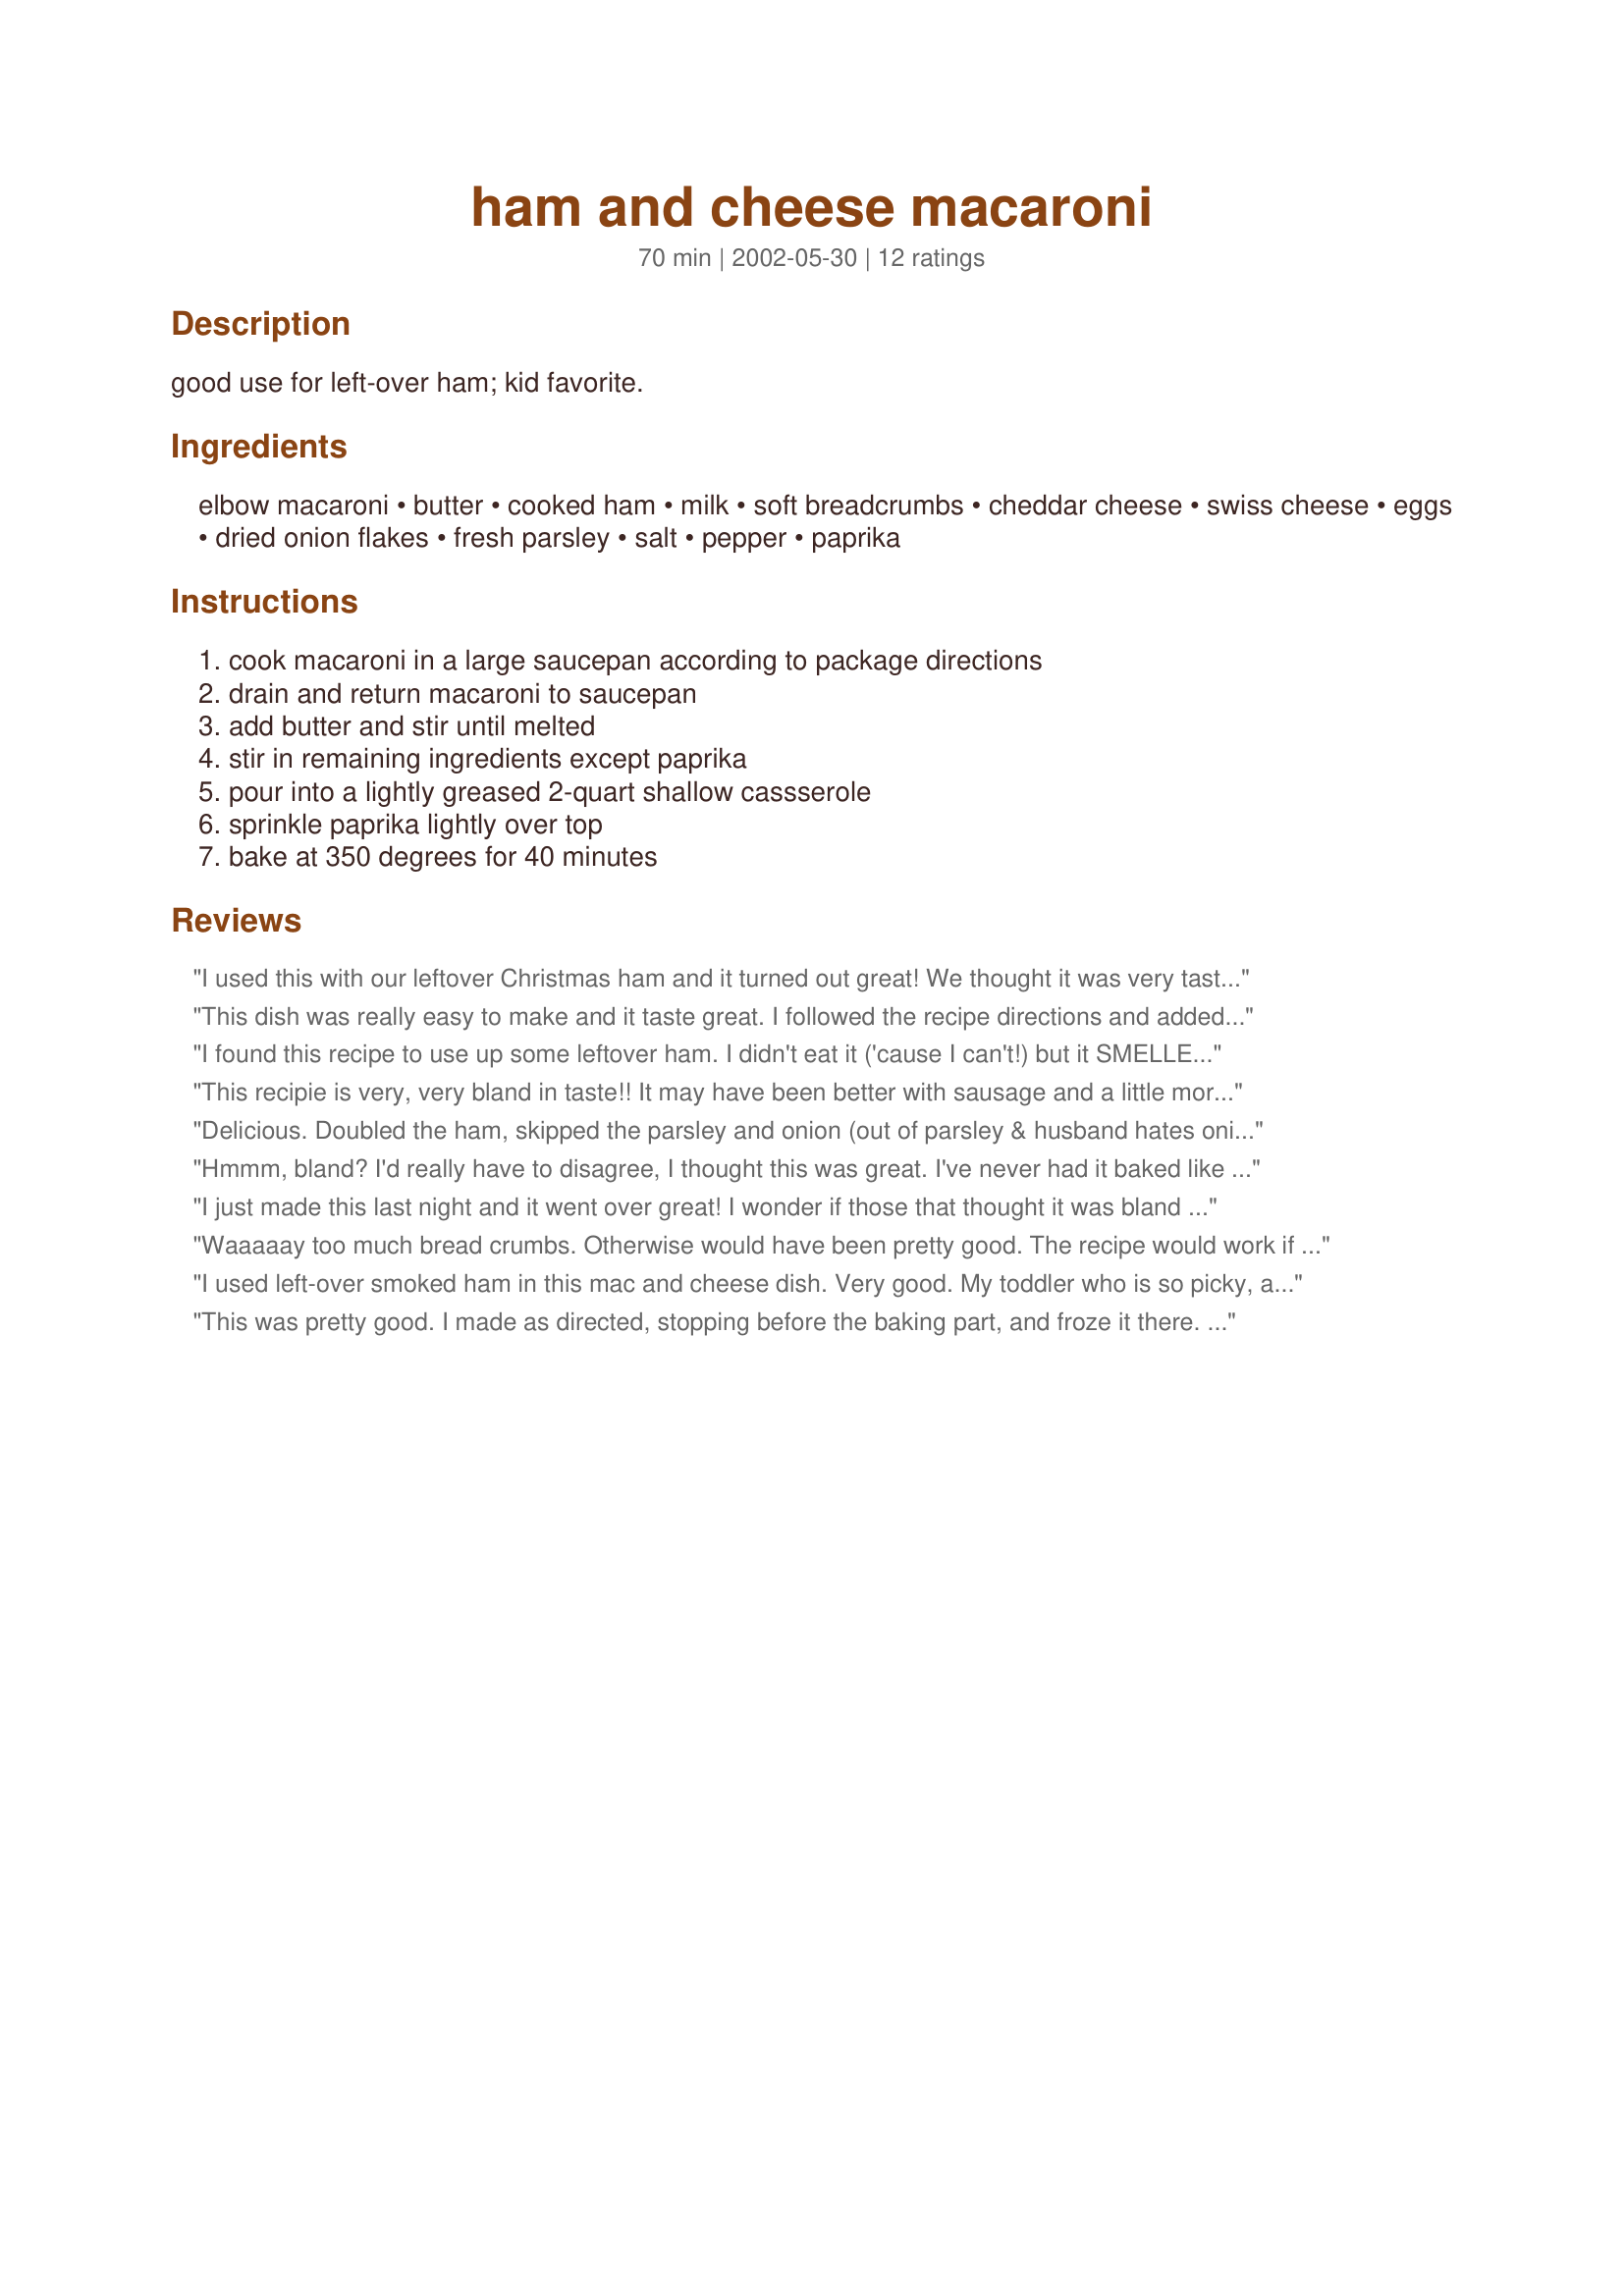
ham and cheese macaroni
Preparation time: 70 minutes

good use for left-over ham; kid favorite.

Ingredients:
elbow macaroni, butter, cooked ham, milk, soft breadcrumbs, cheddar cheese, swiss cheese, eggs, dried onion flakes, fresh parsley, salt, pepper, paprika

Steps:
cook macaroni in a large saucepan according to package directions, drain and return macaroni to saucepan, add butter and stir until melted, stir in remaining ingredients except paprika, pour into a lightly greased 2-quart shallow cassserole, sprinkle paprika lightly over top, bake at 350 degrees for 40 minutes

Reviews:
I used this with our leftover Christmas ham and it turned out great! We thought it was very tasty... not bland at all.
This dish was really easy to make and it taste great. I followed the recipe directions and added just a sprinkle of onion powder. A real comfort food. This recipe will join my "Mmm... Mmm... Good" box of recipes.
I found this recipe to use up some leftover ham. I didn't eat it ('cause I can't!) but it SMELLED terrific and my husband and daughter raved about it. This was also easier than trying to make a cheese sauce and put it all together.
This recipie is very, very bland in taste!! It may have been better with sausage and a little more cheddar chese. Thumbs down on this one!!
Delicious. Doubled the ham, skipped the parsley and onion (out of parsley & husband hates onion!) but added a bit of garlic. This made a really delicious meal and extremely generous serving sizes. We really liked it.
Hmmm, bland? I'd really have to disagree, I thought this was great. I've never had it baked like that with the eggs, but it came out wonderful, kind of like a mac and cheese casserole. I doubled everything in the recipe except the eggs, I only went with 4 and it really came out nicely. Very quick and easy and quite tasty, thank you. Oh, I did go with garlic salt instead of regular salt.
I just made this last night and it went over great! I wonder if those that thought it was bland didn't use a good brand of cheese. (They are not all created equal!) Or if they didn't use the amount of fresh parsley it called for. I would definately make this again. The only change we made was to add more noodles. One cup just didn't seem like enough for a family of four with two teenage children. (But we had a small amount of left overs so one cup might have been enough.)
Waaaaay too much bread crumbs. Otherwise would have been pretty good. The recipe would work if you leave the bread crumbs and eggs out.
I used left-over smoked ham in this mac and cheese dish. Very good. My toddler who is so picky, ate two big servings. I wouldn't call this one bland either. Rich and cheesy, definitely. But bland, no way. Thanks Nurse Di.
This was pretty good. I made as directed, stopping before the baking part, and froze it there. When we were going to eat, I put it in the fridge the day before to thaw. I cooked it for 40 min covered, and a final 20 min uncovered. It froze and baked great. Thanks for adding to my oamc collection.
Oooh yeah!! My family and I loved this yummy mac and cheese. I wouldn't call it bland either. Custard-like is an accurate way to describe the texture. I'll be making this one again for sure. Thanks.
We enjoyed this dish. I made exactly as directed except that I did not have dried onion flakes or fresh parsley, so I sauteed some choppped onion and used 1 tsp. dried parsley instead. It was quite tasty,and I really enjoyed the egg through it which gave it somewhat of a custardy texture, different as far as mac 'n' cheese goes. Would make this again for sure! Thanks for another yummy recipe!
